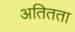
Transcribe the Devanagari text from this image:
अतितता